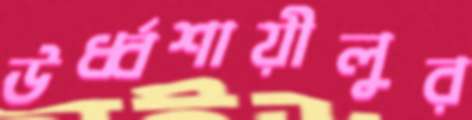
ঊর্ধ্বশায়ীলুর